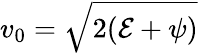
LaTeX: v_{0}=\sqrt{2({\cal E}+{\psi})}